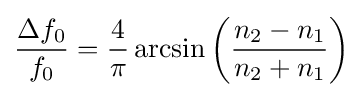
{\frac {\Delta f_{0}}{f_{0}}}={\frac {4}{\pi }}\arcsin \left({\frac {n_{2}-n_{1}}{n_{2}+n_{1}}}\right)